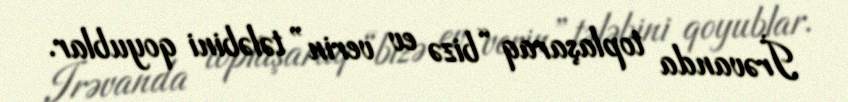
İrəvanda toplaşaraq “bizə ev verin” tələbini qoyublar.